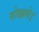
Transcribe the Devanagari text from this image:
गोखले।